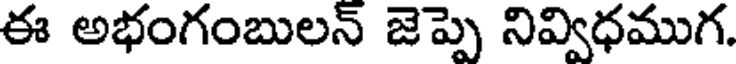
ఈ అభంగంబులన్ జెప్పె నివ్విధముగ.